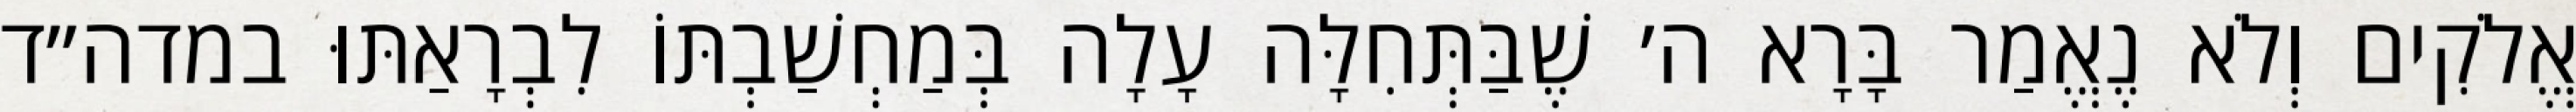
אֱלֹקִים וְלֹא נֶאֱמַר בָּרָא ה׳ שֶׁבַּתְּחִלָּה עָלָה בְּמַחְשַׁבְתּוֹ לִבְרָאַתּוּ במדה״ד